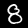
Label: 8